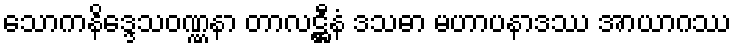
သောကနိဒ္ဒေသဝဏ္ဏနာ တာလဋ္ဌီနံ ဒသဓာ မဟာပနာဒဿ အာယာဂဿ